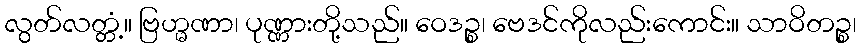
လွတ်လတ္တံ့။ ဗြဟ္မဏာ၊ ပုဏ္ဏားတို့သည်။ ဝေဒဉ္စ၊ ဗေဒင်ကိုလည်းကောင်း။ သာဝိတဉ္စ၊